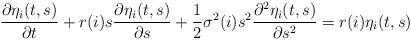
LaTeX: \begin{align*}\frac{\partial\eta_{i}(t,s)}{\partial t} + r(i)s\frac{\partial\eta_{i}(t,s)}{\partial s}+\frac{1}{2}\sigma^2(i)s^2 \frac{\partial^2\eta_{i}(t,s)}{\partial s^2} = r(i)\eta_{i}(t,s)\end{align*}